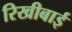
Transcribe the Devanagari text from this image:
रिखीबाई